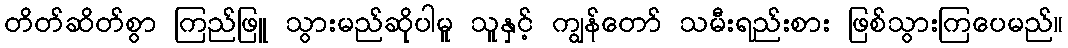
တိတ်ဆိတ်စွာ ကြည်ဖြူ သွားမည်ဆိုပါမူ သူနှင့် ကျွန်တော် သမီးရည်းစား ဖြစ်သွားကြပေမည်။